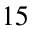
1 5